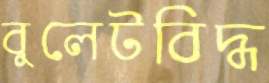
বুলেটবিদ্ধ